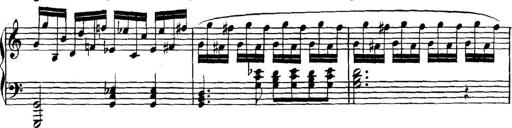
Title: Collected Piano Sonatas
Composer: Muzio Clementi